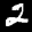
Label: 2